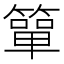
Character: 簞